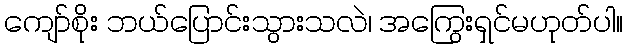
ကျော်စိုး ဘယ်ပြောင်းသွားသလဲ၊ အကြွေးရှင်မဟုတ်ပါ။